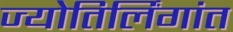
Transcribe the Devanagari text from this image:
ज्योतिर्लिंगांत